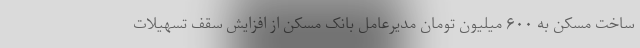
ساخت مسکن به ۶۰۰ میلیون تومان مدیرعامل بانک مسکن از افزایش سقف تسهیلات